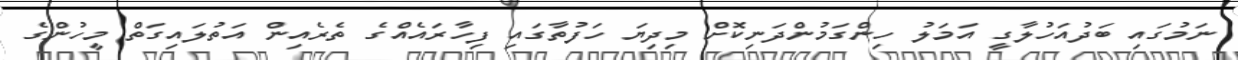
ނަމުގައި ބަދުއަހުލާގީ އަމަލު ހިންގަމުންދަނިކޮށް މިދިޔަ ހަފުތާގައި ފިހާރައެއްގެ ތެރެއިން އަތުލައިގަތް މީހުންގެ